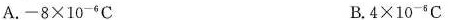
A.$$- 8 \times 1 0 ^ { - 6 } C$$ B.$$4 \times 1 0 ^ { - 6 } C$$